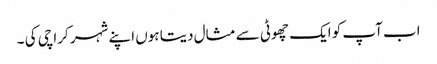
اب آپ کو ایک چھوٹی سے مثال دیتا ہوں اپنے شہر کراچی کی ۔